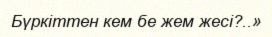
Бүркіттен кем бе жем жесі?..»